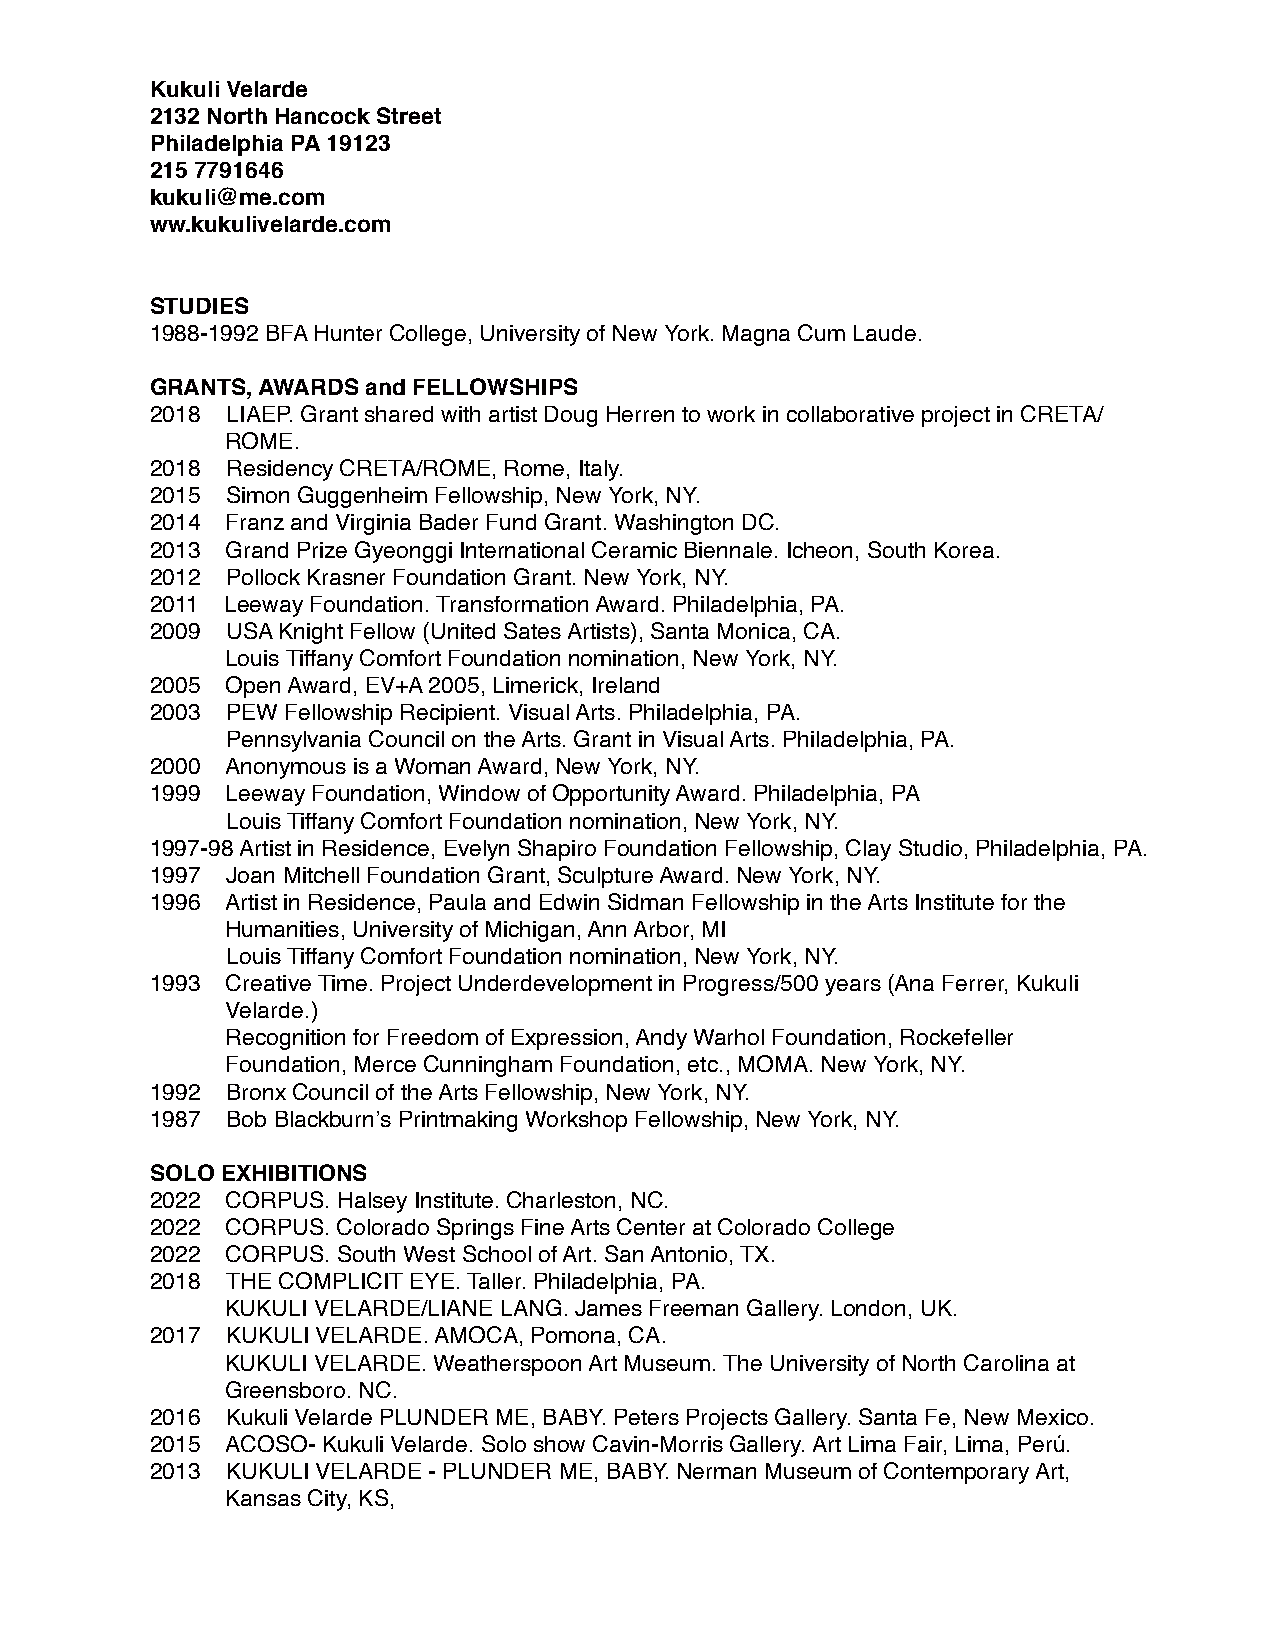
Kukuli Velarde
 2132 North Hancock Street
 Philadelphia PA 19123
 215 7791646
 kukuli@me.com
 ww.kukulivelarde.com
 STUDIES
 1988-1992 BFA Hunter College, University of New York. Magna Cum Laude.
 GRANTS, AWARDS and FELLOWSHIPS
 2018 LIAEP. Grant shared with artist Doug Herren to work in collaborative project in CRETA/
 ROME.
 2018 Residency CRETA/ROME, Rome, Italy.
 2015 Simon Guggenheim Fellowship, New York, NY.
 2014 Franz and Virginia Bader Fund Grant. Washington DC.
 2013 Grand Prize Gyeonggi International Ceramic Biennale. Icheon, South Korea.
 2012 Pollock Krasner Foundation Grant. New York, NY.
 2011 Leeway Foundation. Transformation Award. Philadelphia, PA.
 2009 USA Knight Fellow (United Sates Artists), Santa Monica, CA.
 Louis Tiffany Comfort Foundation nomination, New York, NY.
 2005 Open Award, EV+A 2005, Limerick, Ireland
 2003 PEW Fellowship Recipient. Visual Arts. Philadelphia, PA.
 Pennsylvania Council on the Arts. Grant in Visual Arts. Philadelphia, PA.
 2000 Anonymous is a Woman Award, New York, NY.
 1999 Leeway Foundation, Window of Opportunity Award. Philadelphia, PA
 Louis Tiffany Comfort Foundation nomination, New York, NY.
 1997-98 Artist in Residence, Evelyn Shapiro Foundation Fellowship, Clay Studio, Philadelphia, PA.
 1997 Joan Mitchell Foundation Grant, Sculpture Award. New York, NY.
 1996 Artist in Residence, Paula and Edwin Sidman Fellowship in the Arts Institute for the
 Humanities, University of Michigan, Ann Arbor, MI
 Louis Tiffany Comfort Foundation nomination, New York, NY.
 1993 Creative Time. Project Underdevelopment in Progress/500 years (Ana Ferrer, Kukuli
 Velarde.)
 Recognition for Freedom of Expression, Andy Warhol Foundation, Rockefeller
 Foundation, Merce Cunningham Foundation, etc., MOMA. New York, NY.
 1992 Bronx Council of the Arts Fellowship, New York, NY.
 1987 Bob Blackburn’s Printmaking Workshop Fellowship, New York, NY.
 SOLO EXHIBITIONS
 2022 CORPUS. Halsey Institute. Charleston, NC.
 2022 CORPUS. Colorado Springs Fine Arts Center at Colorado College
 2022 CORPUS. South West School of Art. San Antonio, TX.
 2018 THE COMPLICIT EYE. Taller. Philadelphia, PA.
 KUKULI VELARDE/LIANE LANG. James Freeman Gallery. London, UK.
 2017 KUKULI VELARDE. AMOCA, Pomona, CA.
 KUKULI VELARDE. Weatherspoon Art Museum. The University of North Carolina at
 Greensboro. NC.
 2016 Kukuli Velarde PLUNDER ME, BABY. Peters Projects Gallery. Santa Fe, New Mexico.
 2015 ACOSO- Kukuli Velarde. Solo show Cavin-Morris Gallery. Art Lima Fair, Lima, Perú.
 2013 KUKULI VELARDE - PLUNDER ME, BABY. Nerman Museum of Contemporary Art,
 Kansas City, KS,